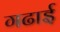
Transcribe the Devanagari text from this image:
गढाई